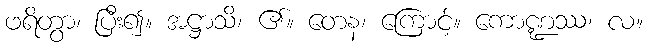
ဖရိတွာ၊ ပြီး၍။ အဋ္ဌာသိ၊ ၏။ တေန၊ ကြောင့်။ ကောဏ္ဍဿ၊ လ။